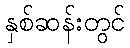
နှစ်ဆန်းတွင်